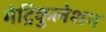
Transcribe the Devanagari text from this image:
मेट्रिकुलेशन